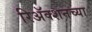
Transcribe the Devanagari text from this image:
रिअॅक्शनच्या